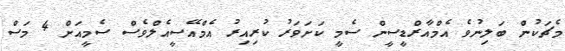
މެޗަކުން ބަލިނުވެ އެމްއާރްޑީސީން ސެމީ ކަށަވަރު ކުރިއިރު އެމްއޭސީއެލްވެސް ސެމީއަށް 4 މަސް